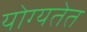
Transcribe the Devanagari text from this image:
योग्यतेत